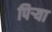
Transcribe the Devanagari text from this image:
पिऱ्या